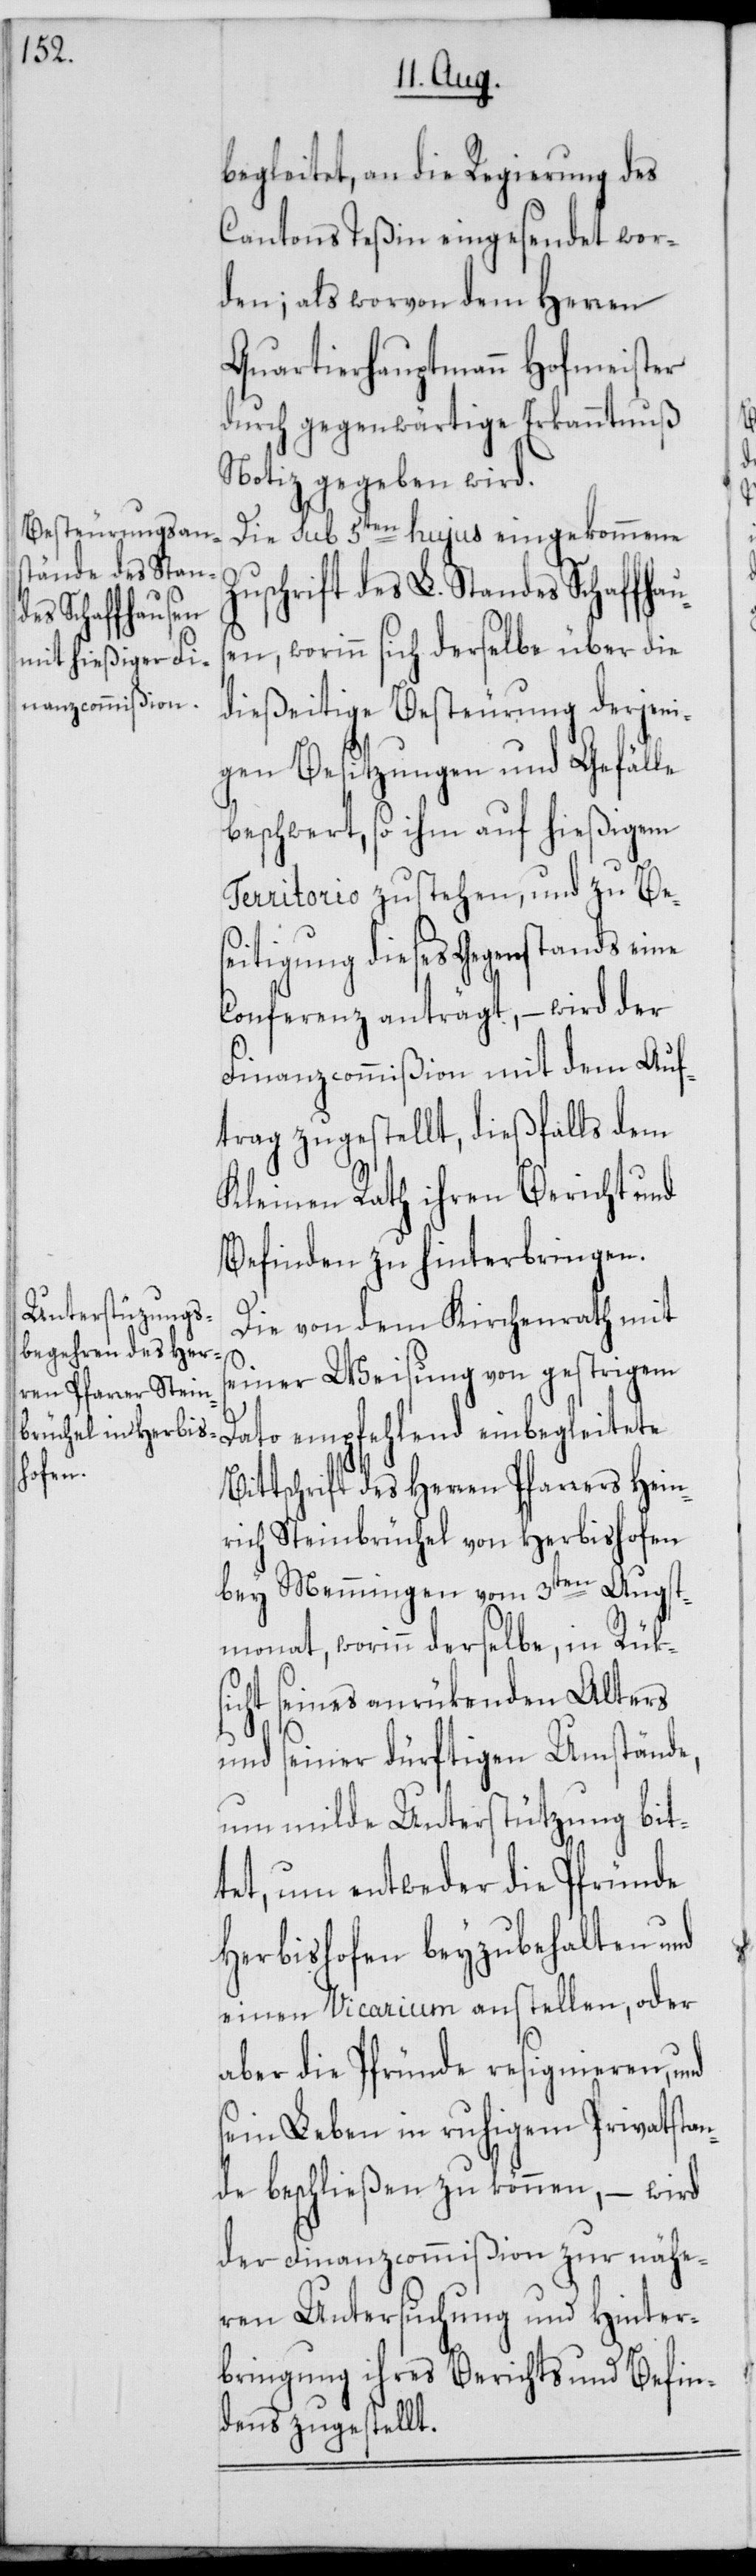
begleitet, an die Regierung des
Cantons Teßin eingesendet wor¬
den; als worvon dem Herren
Quartierhauptmann Hofmeister
durch gegenwärtige Erkanntnuß
Notiz gegeben wird.
Die sub 5ten hujus eingekommene
Zuschrift des L. Standes Schaffhaus¬
en, worinn sich derselbe über die
dießeitige Besteurung derjeni¬
gen Besitzungen und Gefälle
beschwert, so ihm auf hießigem
Territorio zustehen, und zu Be¬
seitigung dieses Gegenstands eine
Conferenz anträgt, – wird der
Finanzcommißion mit dem Auf¬
trag zugestellt, dießfalls dem
Kleinen Rath ihren Bericht und
Befinden zu hinterbringen.
Die von dem Kirchenrath mit
B¬
seiner Weisung von gestrigem
Dato empfehlend einbegleitete
ittschrift des Herren Pfarrers Hein¬
rich Steinbrüchel von Herbishofen
bey Memmingen vom 3ten Augst¬
monat, worinn derselbe, in Rüks¬
icht seines anrükenden Alters
und seiner dürftigen Umstände,
um milde Unterstützung bit¬
tet, um entweder die Pfründe
Herbishofen beyzubehalten und
einen Vicarium anstellen, oder
aber die Pfründe resignieren, und
sein Leben in ruhigem Privatstan¬
de beschließen zu können, – wird
der Finanzcommißion zur nähe¬
ren Untersuchung und Hinter¬
bringung ihres Berichts und Befin¬
dens zugestellt.